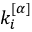
k _ { i } ^ { [ \alpha ] }